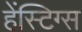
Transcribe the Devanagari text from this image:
हेंस्टिग्स